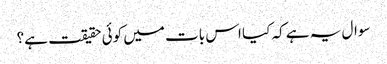
سوال یہ ہے کہ کیا اس بات میں کوئی حقیقت ہے؟